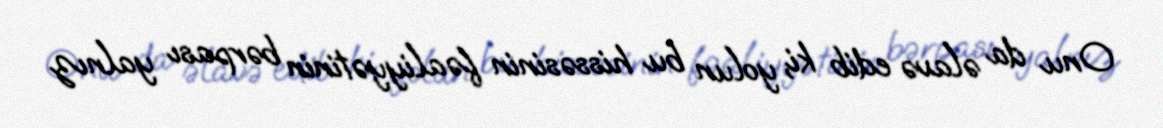
Onu da əlavə edib ki, yolun bu hissəsinin fəaliyyətinin bərpası yalnız